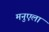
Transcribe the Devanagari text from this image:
मनुएला